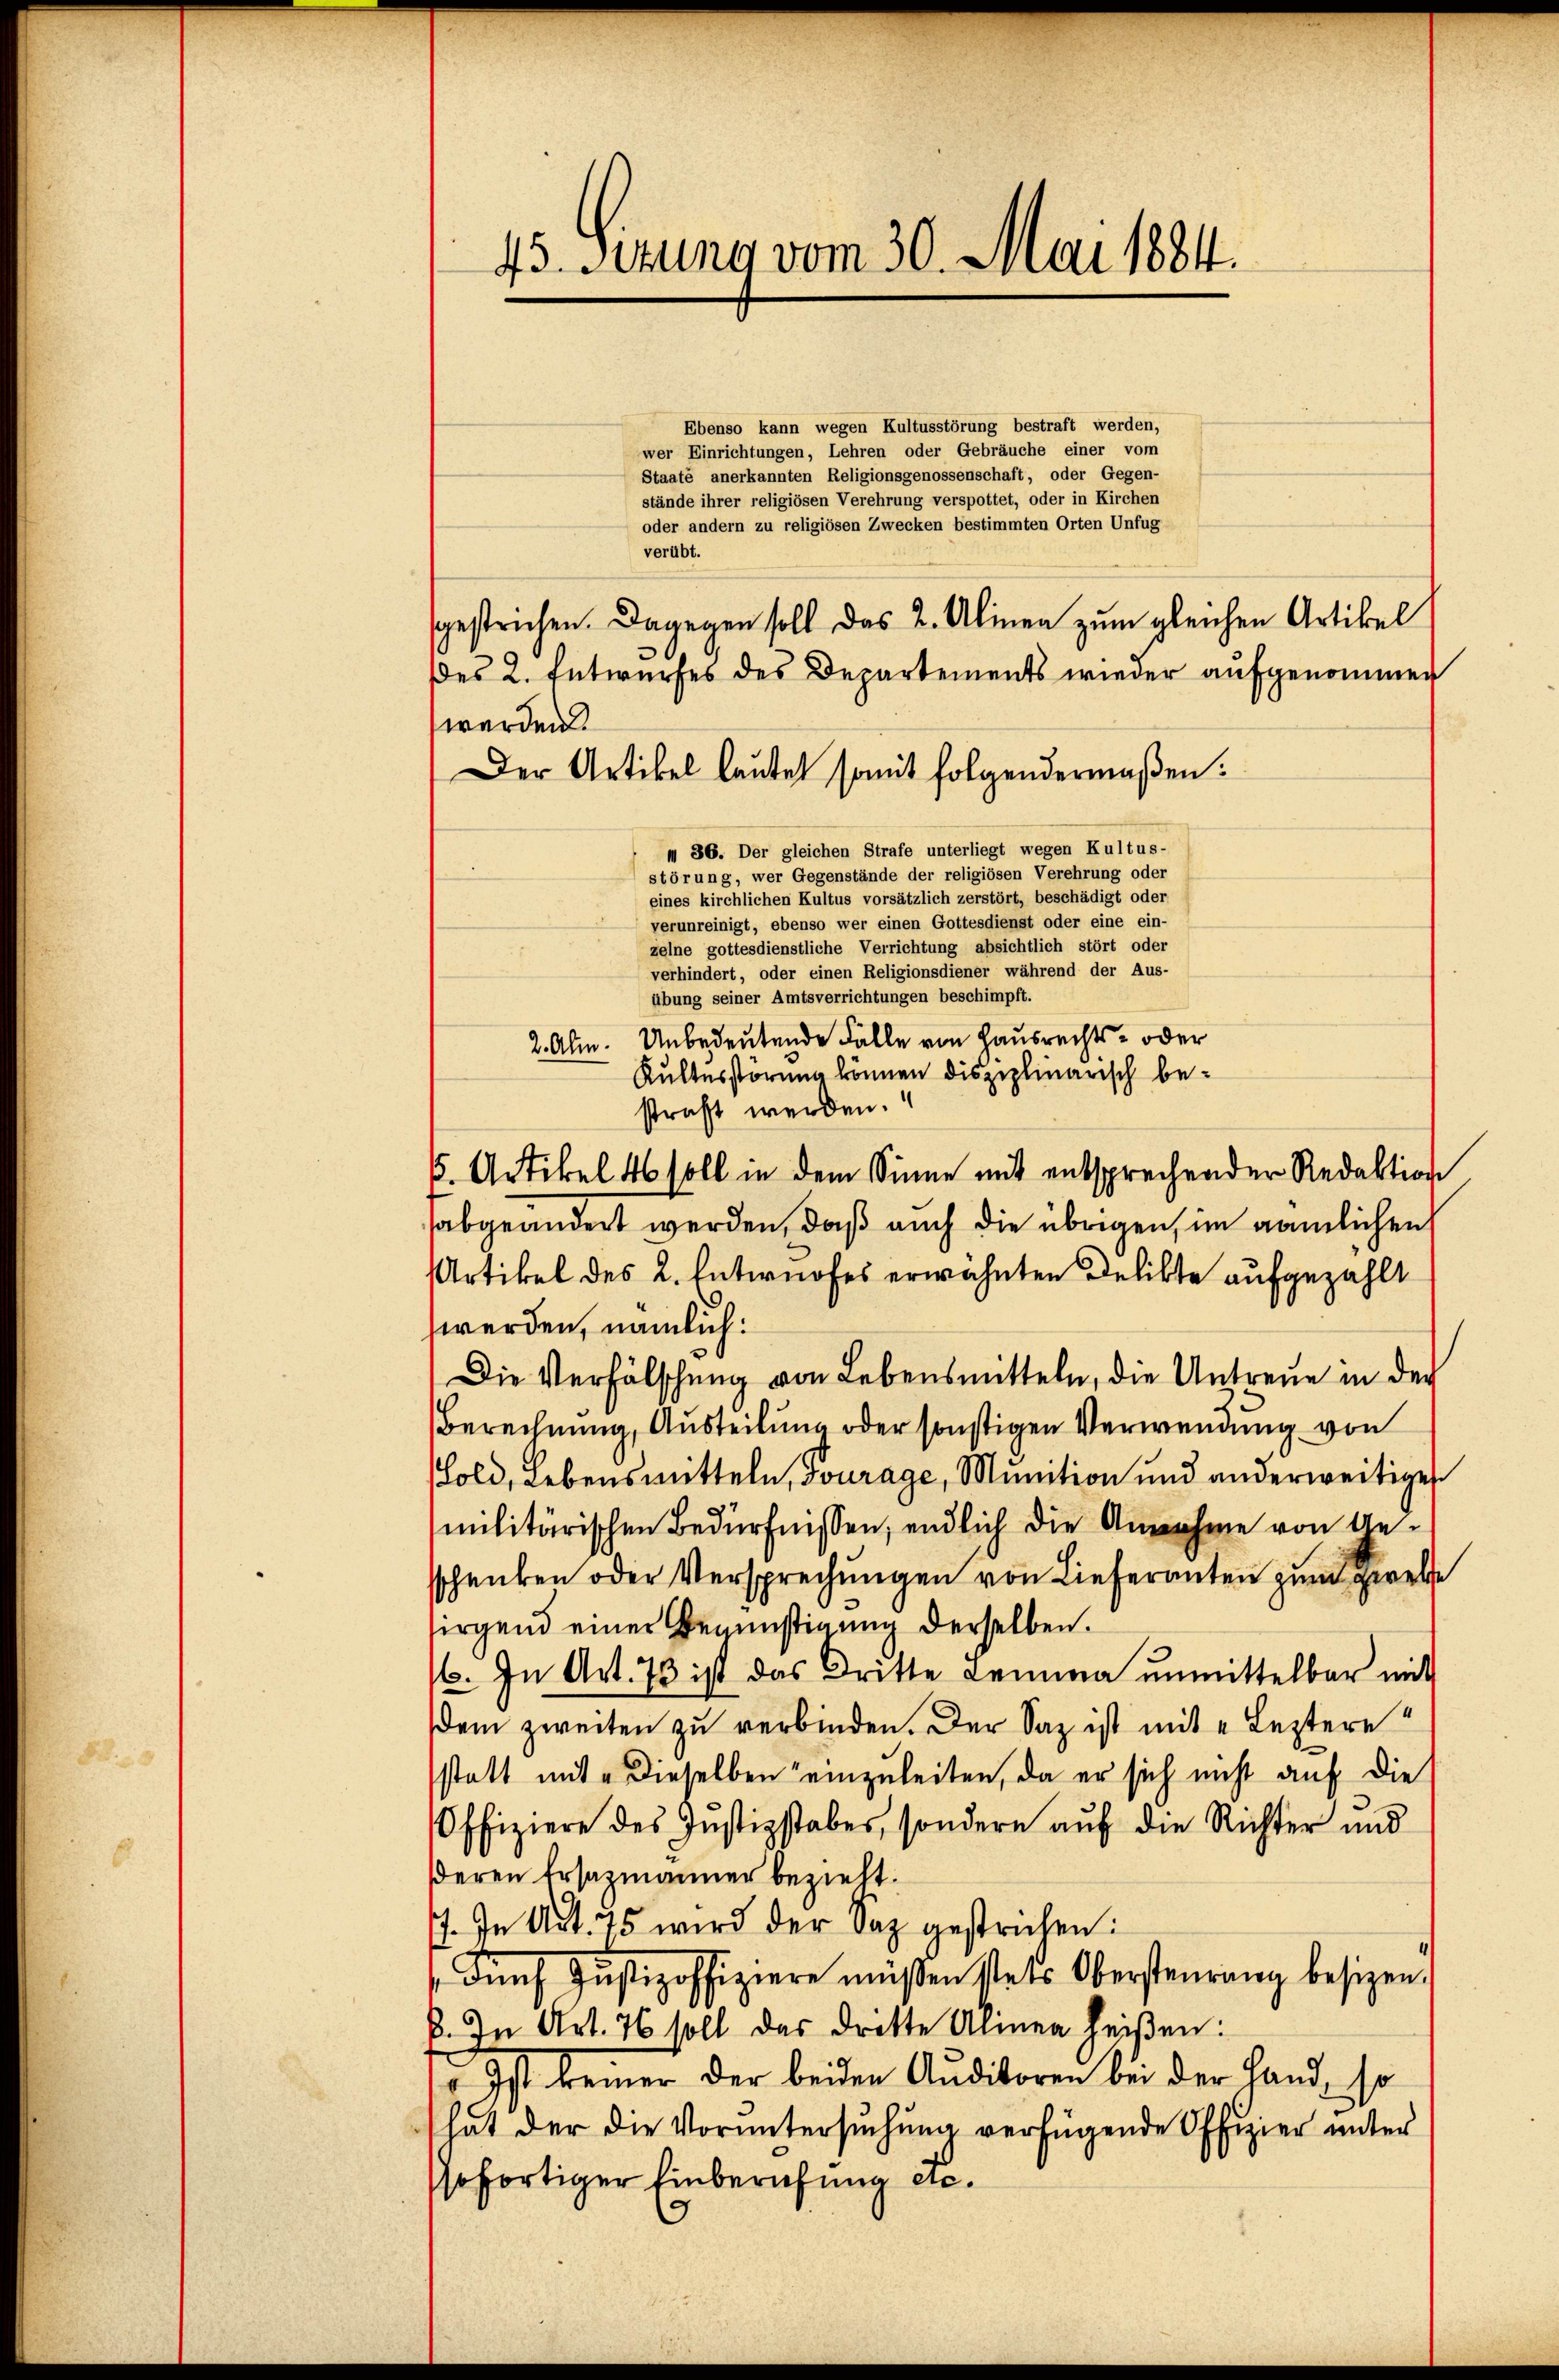
45. Sirung vom 30. Mai 1884.

Ebenso kann wegen Kultusstörung bestraft werden,
wer Einrichtungen, Lehren oder Gebräuche einer vom
Staate anerkannten Religionsgenossenschaft, oder Gegen-
stände ihrer religiösen Verehrung verspottet, oder in Kirchen
oder andern zu religiösen Zwecken bestimmten Orten Unfug
verübt.
sgestrichen. Dagegen soll das 2. Alinen zum gleichen Artikel
Des 2. Entwurfes des Departements wieder aufgenommen
werden.
m 36. Der gleichen Strafe unterliegt wegen Kultus-
störung, wer Gegenstände der religiösen Verehrung oder
eines kirchlichen Kultus vorsätzlich zerstört, beschädigt oder
verunreinigt, ebenso wer einen Gottesdienst oder eine ein-
zelne gottesdienstliche Verrichtung absichtlich stört oder
verhindert, oder einen Religionsdiener während der Aus-
übung seiner Amtsverrichtungen beschimpft.
2. Ahm. Unbedeutende Fälle von Hausrechts- oder
Rutterstörung können disziplinarisch bestraft werden.
6. Artikel 46 soll in dem Sinne mit entsprechender Redaktion
sabgeändert werden, daß auch die übrigen, im nämlichen
Artikel des L. Entwurfes erwähnten Delikte aufgezählt
werden, nämlich:
Die Verfälschung von Lebensmitteln, die Untreue in der
Berechnung, Austeilung oder sonstigen Verwendung von
Fold, Lebensmitteln, Fourage, Munition und anderweitigen
militärischen Bedürfnissen; endlich die Annahme von Anschenken oder Versprechungen von Lieferanten zum gewebe
sirgend einer Begünstigung derselben.
/6. In Art. 73 ist das Dritte Lemma unmittelbar mit
dem zweiten zu verbinden. Der Saz ist mit " Leztere
statt mit dieselben einzuleiten, da er sich nicht auf die
Offiziere des Justizstabes, sondern auf die Richter und
deren Ersazmänner bezieht.
. In Art. 75 wird der Saz gestrechen:
Fünf Justizoffiziere müßen stets Obersteurung besizen.
B. In Art. 76 soll das dritte Alinea heißen:
 Ist keiner der beiden Auditoren bei der Hand, so
hat der die Voruntersuchung verfügende Offizier unter
ofortiger Einberufung etc.

Der Artikel lautet somit folgendermaßen.